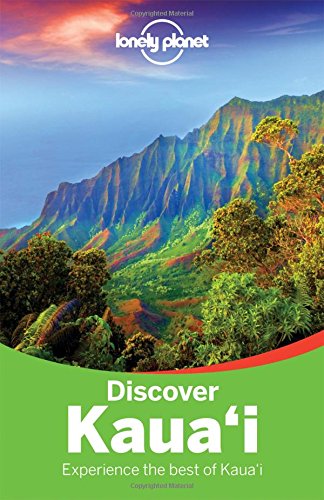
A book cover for Lonely Planet Discover Kauai (Travel Guide); Lonely Planet; Travel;